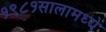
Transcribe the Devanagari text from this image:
१९८१सालामध्ये